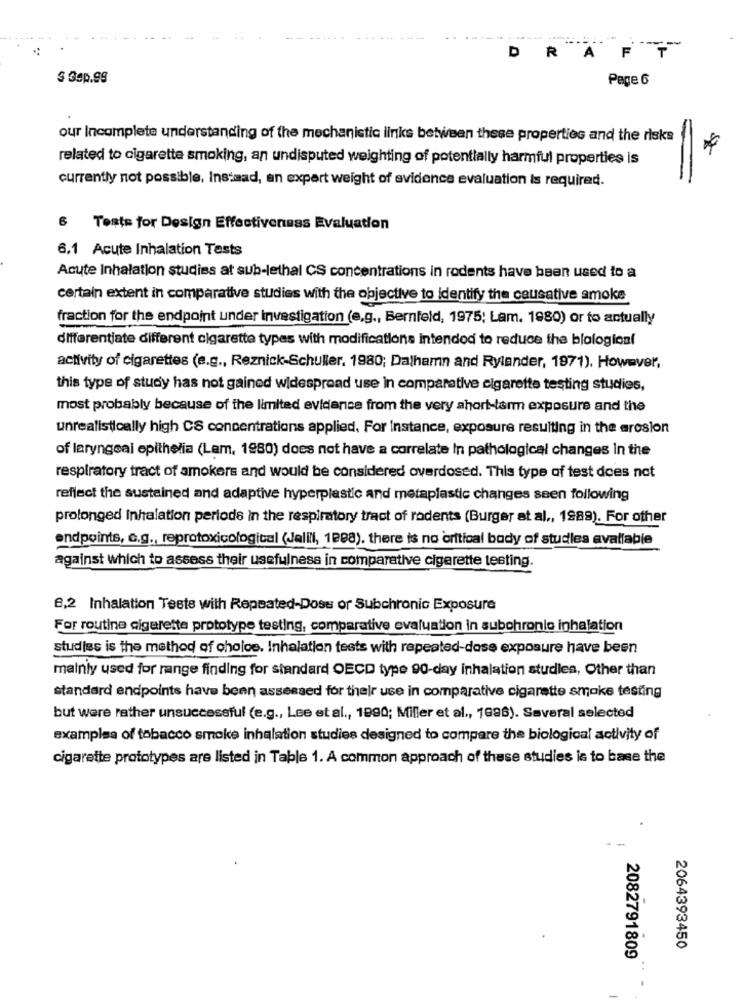
D
R
FT
A
$ Gap.99
Page 6
our Incomplete understanding of the mechanistic links between these properties and the risks
*
related to cigarette smoking, an undisputed weighting of potentially harmful properties is
currently not possible, Instead, an expert weight of evidence evaluation is required.
6 Teste for Design Effectiveness Evaluation
6.1 Acute Inhalation Tests
Acute Inhalation studies at sub-lethal CS concentrations in rodents have been used to a
certain extent in comparative studies with the objective to identify the causative smoke
fraction for the endpoint under investigation (e.g ., Bernfeld, 1975; Lam. 1980) or to actually
differentjate different cigarette types with modifications intended to reduce the biologioni
activity of cigarettes (e.g ., Reznick-Schuller. 1980; Dalhamn and Rylander, 1971). However,
this type of study has not gained widespread use in comparative cigarette testing studies,
most probably because of the limited evidence from the very short-term exposure and the
unrealistically high CS concentrations applied, For instance, exposure resulting in the erosion
of laryngeal epithelia (Lam, 1980) does not have a correlate In pathological changes in the
respiratory tract of amokers and would be considered overdosed. This type of test does not
reflect the sustained and adaptive hyperplastic and metaplastic changes seen following
prolonged Inhalation periods in the respiratory tract of rodents (Burger at al ., 1989). For other
endpoints, c.g ., reprotoxicological (Jalili, 1888). there is no critical body of studies available
against which to assess their usefulness in comparative cigarette testing.
8,2 Inhalation Teste with Repeated-Doss or Subchronic Exposure
For routine cigarette prototype testing, comparative evaluation in subohronio inhalation
studies is the method of choice. Inhalation tests with repeated-dose exposure have been
mainly used for mange finding for standard OECD type 90-day inhalation studien, Other than
standard endpoints have been assessed for their use in comparative cigarette smoke testing
but were rather unsuccessful (e.g ., Lee et al ., 1990; Miller et al ., 1986). Several selected
examples of tobacco smoke inhalation studies designed to compare the biological activity of
cigarette prototypes are listed in Table 1. A common approach of these studies is to base the
.
2064393450
2082791809